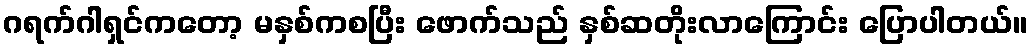
ဂရက်ဂါရှင်ကတော့ မနှစ်ကစပြီး ဖောက်သည် နှစ်ဆတိုးလာကြောင်း ပြောပါတယ်။